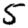
Digit: 5